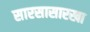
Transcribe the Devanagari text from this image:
सारसासारखा